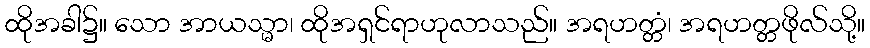
ထိုအခါ၌။ သော အာယသ္မာ၊ ထိုအရှင်ရာဟုလာသည်။ အရဟတ္တံ၊ အရဟတ္တဖိုလ်သို့။